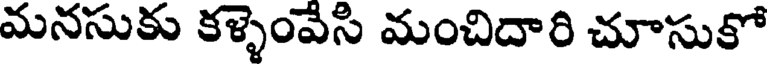
మనసుకు కళ్ళెంవేసి మంచిదారి చూసుకో